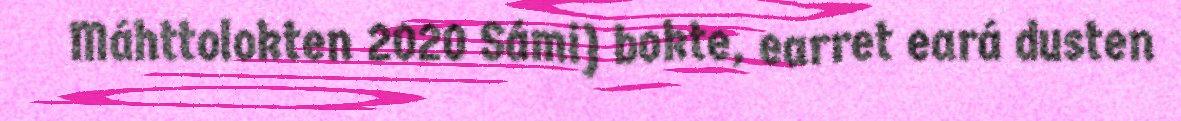
Máhttolokten 2020 Sámi) bokte, earret eará dusten